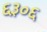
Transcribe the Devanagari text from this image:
६३०६